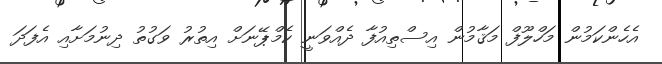
އެހެންކަމުން މަހްލޫފް މަޤާމުން އިސްތިއުފާ ދެއްވަނީ ކެމްޕޭނަށް އިތުރު ވަގުތު ދިނުމަށާއި އެފަދަ